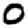
Digit: 0